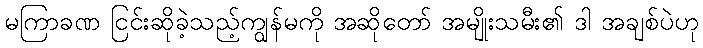
မကြာခဏ ငြင်းဆိုခဲ့သည့်ကျွန်မကို အဆိုတော် အမျိုးသမီး၏ ဒါ အချစ်ပဲဟု